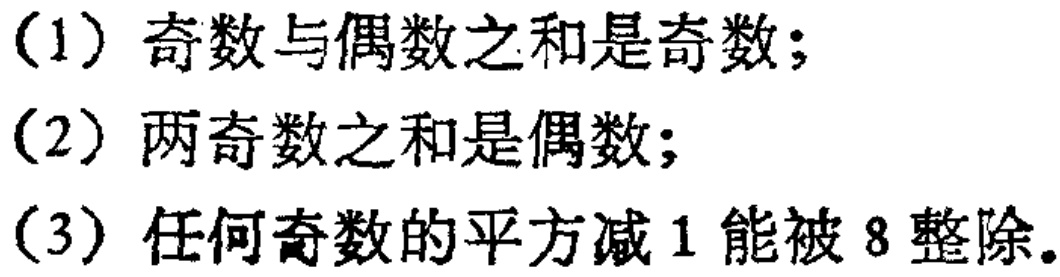
(1) 奇数与偶数之和是奇数；

(2) 两奇数之和是偶数；

(3) 任何奇数的平方减 1 能被 8 整除。